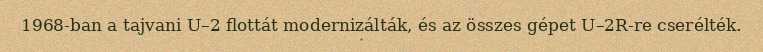
1968-ban a tajvani U–2 flottát modernizálták, és az összes gépet U–2R-re cserélték.